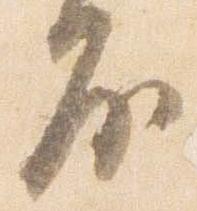
房